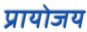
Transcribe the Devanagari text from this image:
प्रायोजय